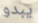
يبدو